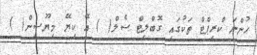
ހުންނަ ކްރިޕްޓް ތަކުގައި ގޮބްލިޓް ސެލް( ) އޭ ކިޔޭ މިޔޫސިން( )